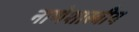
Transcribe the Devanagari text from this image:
नाणेशास्त्रीय